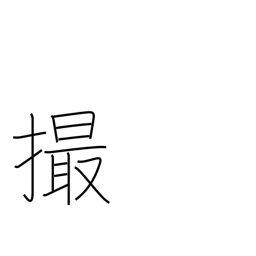
Meaning: take pictures